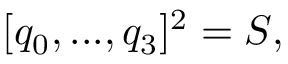
[ q _ { 0 } , . . . , q _ { 3 } ] ^ { 2 } = S ,